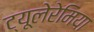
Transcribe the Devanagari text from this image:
ट्यूलेरेमिया